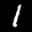
Label: 1